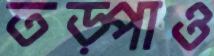
তড়্‌পাও